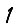
Digit: 1